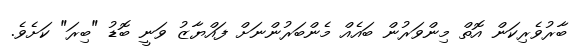
ބާރުވެރިކަން އޮތް މިންވަރުން ބައެއް މެންބަރުންނަށް ފައްޔާޒު ވަނީ ބޮޑު "ބިރަ" ކަށެވެ.